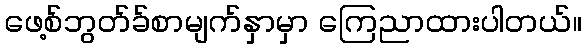
ဖေ့စ်ဘွတ်ခ်စာမျက်နှာမှာ ကြေညာထားပါတယ်။